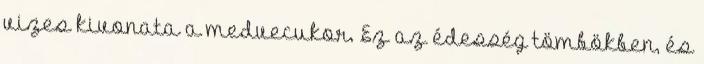
vizes kivonata a medvecukor. Ez az édesség tömbökben, és